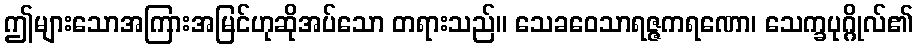
ဤများသောအကြားအမြင်ဟုဆိုအပ်သော တရားသည်။ သေခဝေသာရဇ္ဇကရဏော၊ သေက္ခပုဂ္ဂိုလ်၏